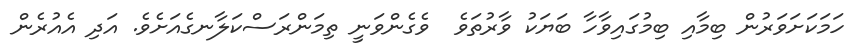
ހަމަކަށަވަރުން ބިމާއި ބިމުގައިވާހާ ބަޔަކު ވާރުތަވެ  ވެގެންވަނީ ތިމަންރަސްކަލާނގެއަށެވެ. އަދި އެއުރެން